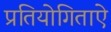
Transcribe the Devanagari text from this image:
प्रतियोगिताऐ